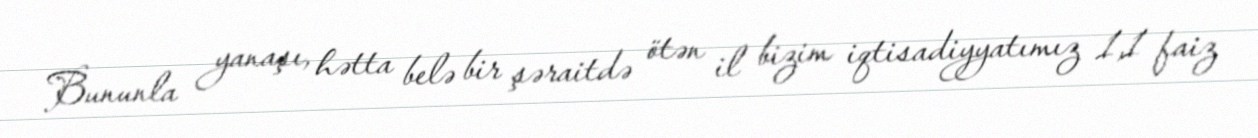
Bununla yanaşı, hətta belə bir şəraitdə ötən il bizim iqtisadiyyatımız 1,1 faiz